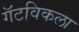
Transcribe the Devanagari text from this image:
गॅटविकला